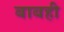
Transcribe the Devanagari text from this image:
बाबही